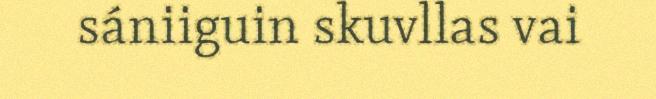
sániiguin skuvllas vai